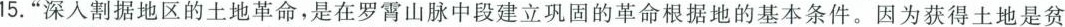
15.”深入割据地区的土地革命，是在罗霄山脉中段建立巩固的革命根据地的基本条件。因为获得土地是贫